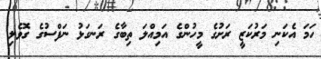
ހަމަ އެކަނި މަރުކަޒީ ރަށުގެ މީހުންގެ އަމިއްލަ ތިބާގެ ރަނގަޅު ނަފްސުގެ ގޮވެލި